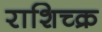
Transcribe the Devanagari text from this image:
राशिच्क्र